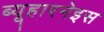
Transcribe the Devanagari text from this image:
ब्यूहारनेइस